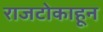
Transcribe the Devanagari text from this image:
राजटोकाहून